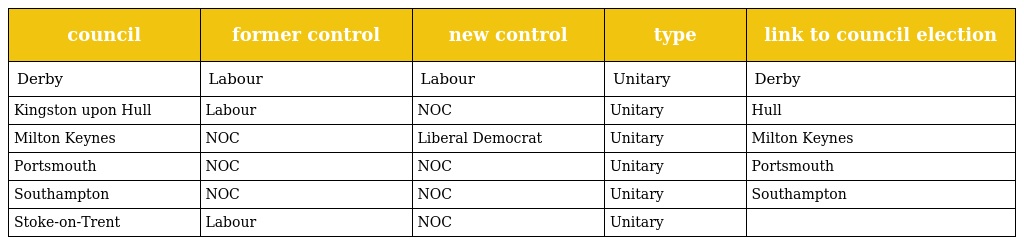
| council | former control | new control | type | link to council election |
 | --- | --- | --- | --- | --- |
 | Derby | Labour | Labour | Unitary | Derby |
 | Kingston upon Hull | Labour | NOC | Unitary | Hull |
 | Milton Keynes | NOC | Liberal Democrat | Unitary | Milton Keynes |
 | Portsmouth | NOC | NOC | Unitary | Portsmouth |
 | Southampton | NOC | NOC | Unitary | Southampton |
 | Stoke-on-Trent | Labour | NOC | Unitary |  |